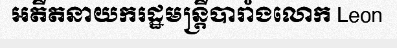
អតីតនាយករដ្ឋមន្ត្រីបារាំងលោក Leon